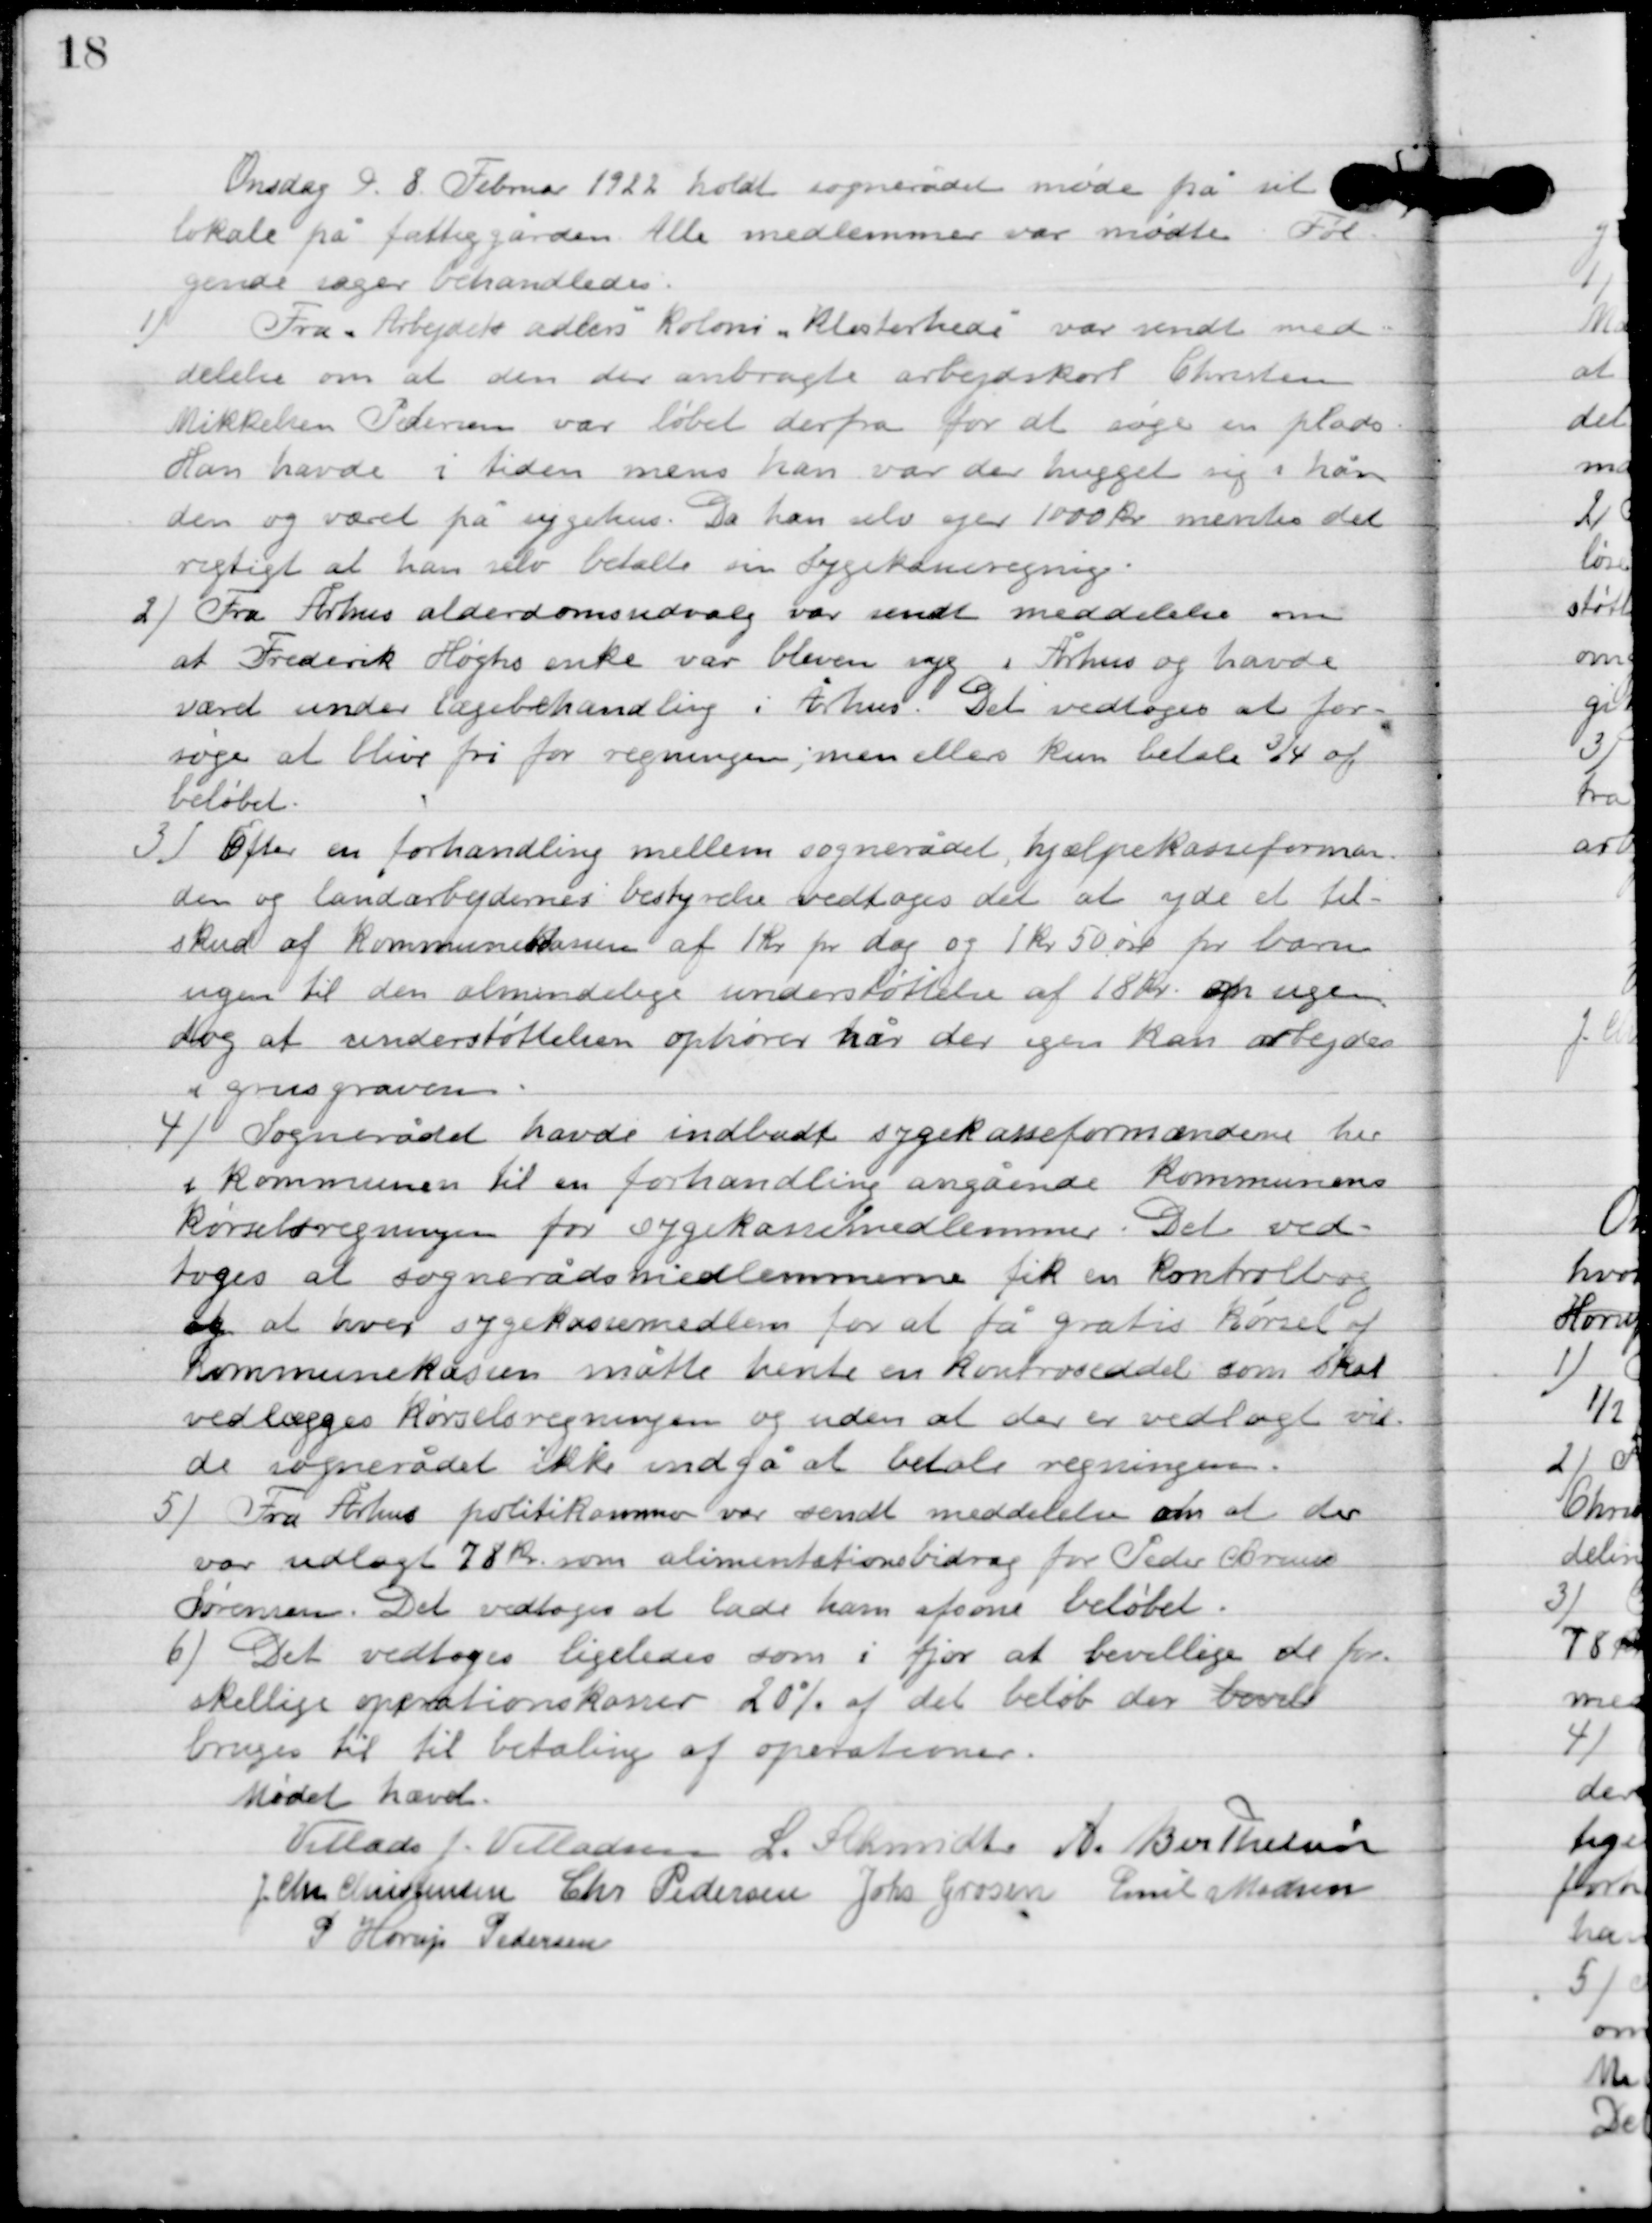
Transskription:
Onsdag d. 8. februar 1922 holdt sognerådet møde på sit
lokale på fattiggården. Alle medlemmer var mødte. Føl
gende sager behandles:

1

Fra ”Arbejders adler” koloni ”Klosterhede” var sendt med-
delelse om at den der anbragte arbejdskarl Christen
Mikkelsen Pedersen var løbet derfra for at søge en plads.
Han havde i tiden mens han var der hugget sig i hån-
den og været på sygehus. Da han selv ejer 1000 kr. mentes det
rigtigt at han selv betalte sin sygekasseregning.

2

Fra Århus alderdomsudvalg var sendt meddelelse om
at Frederik Høghs enke var bleven syg i Århus og havde
været under lægebehandling i Århus. Det vedtoges at for-
søge at blive fri for regningen, men ellers kun betale ¾ af
beløbet.

3

Efter en forhandling mellem sognerådet, hjælpekasseforman-
den og landarbejdernes bestyrelse vedtoges det at yde et til-
skud af kommunekassen af 1 kr. pr. dag og 1 kr. 50 øre for barn
ugen til den almindelige understøttelse af 18 kr. om ugen
dog at understøttelsen ophører når der igen kan arbejdes
i grusgraven.

4

Sognerådet havde indbudt sygekasseformændene her
i kommunen til en forhandling angående Kommunens
kørselsregning for sygekassemedlemmer. Det ved-
toges at sognerådsmedlemmer fik en kontrolbog
og at hver sygekassemedlem for at få gratis kørsel af
kommunekassen måtte hente en kontrolseddel som skal
vedlægges kørselsretningen og uden at der er vedlagt vil-
de sognerådet ikke undgå at betale regningen.

5

Fra Århus politikommune var sendt meddelelse om at der
var udlagt 78 kr. som alimentations bidrag for Peder Brun
Sørensen. Det vedtoges at lade ham afsone beløbet.

6

Det vedtoges ligeledes som i fjor at bevillige de for
skellige operationskoner 20 % af det beløb der vilde
bruges til, til betaling af operationer.

Mødet hævet

Villads J. Villadsen
L. Schmidt
A. Berthelsen
I. Chr. Christensen
Chr. Pedersen
Johs. Grosen
Emil Madsen
P. Henry Pedersen